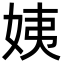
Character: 姨